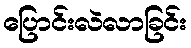
ပြောင်းလဲလာခြင်း